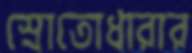
স্রোতোধারার